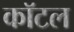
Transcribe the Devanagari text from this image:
कॉटल